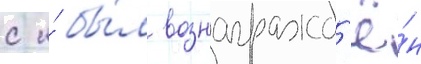
с и́ бы́л вознагражд'ё́н